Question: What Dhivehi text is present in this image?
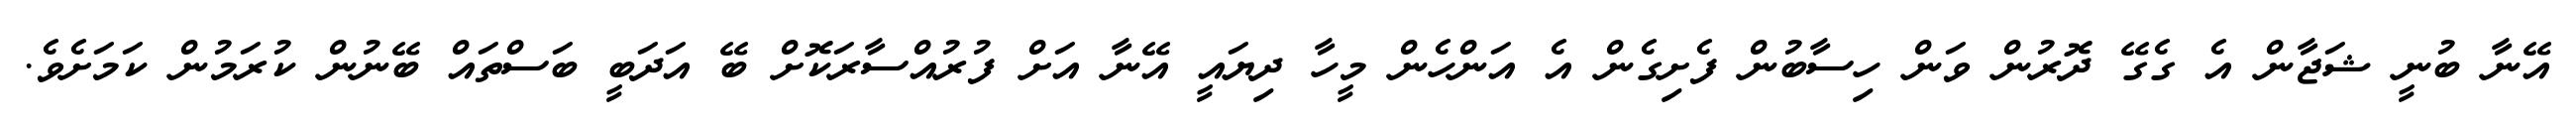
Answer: އޭނާ ބުނީ ޝަޖާން އެ ގެގޭ ދޮރުން ވަން ހިސާބުން ފެށިގެން އެ އަންހެން މީހާ ދިޔައީ އޭނާ އަށް ފުރުއްސާރަކޮށް ބޭ އަދަބީ ބަސްތައް ބޭނުން ކުރަމުން ކަމަށެވެ.